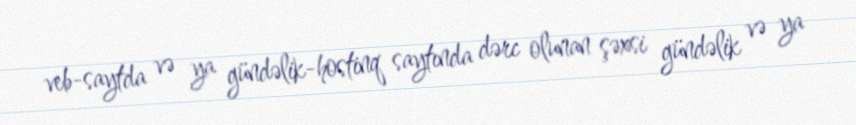
veb-saytda və ya gündəlik-hostinq saytında dərc olunan şəxsi gündəlik və ya